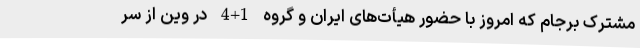
مشترک برجام که امروز با حضور هیأت‌های ایران و گروه 1+4 در وین از سر